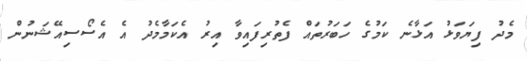
މެދު ފިޔަވަޅު އަޅާނެ ކަމުގެ ހަބަރުތައް ފެތުރިފައިވާ އިރު އެކަމާމެދު އެ އެސޯސިއޭޝަނުން